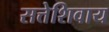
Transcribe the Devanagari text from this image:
सत्तेशिवाय